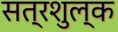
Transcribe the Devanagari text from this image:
सत्रशुल्क